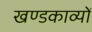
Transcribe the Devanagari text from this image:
खण्डकाव्यों